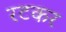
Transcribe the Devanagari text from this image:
रटकर